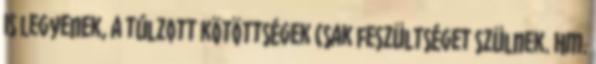
is legyenek, a túlzott kötöttségek csak feszültséget szülnek. Hm.